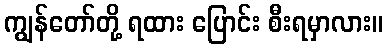
ကျွန်တော်တို့ ရထား ပြောင်း စီးရမှာလား။